Annual report of lunatic asylums [Bombay] - 1912-1922
Year: 1912
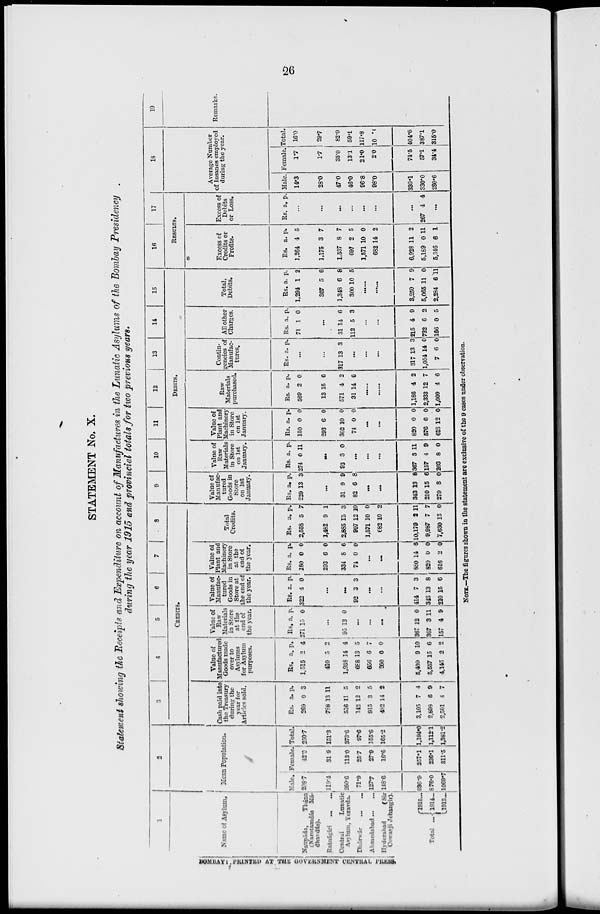
26
STATEMENT No. X.
Statement showing the Receipts and Expenditure on account of Manufactures in the Lunatic Asylums of the Bombay Presidency
during the year 1915 and provincial totals for two previous years.
1
Name of Asylum.
Naupáda,
Thána
(Narotamdás Má-
dhavdás).
Ratnágiri ... ...
Central
Lunatic
Asylum, Yeravda.
Dhárwár ... ...
Ahmedabad ... ...
Hyderabad
(Sir
Cowasji Jehangir).
Total
...
1915 ...
1914 ...
1913 ...
2
Mean
Population.
Male.
208.7
119.4
260.6
71.9
127.7
148.6
936.9
876.0
1069.7
Female.
42.0
31.9
113.0
25.7
27.9
16.6
257.1
236.1
311.5
Total.
250.7
151.3
373.6
97.6
155.6
165.2
1,194.0
1,112.1
1,381.2
3
Cash paid into
the Treasury
during the
year for
Articles sold.
Rs.
269
788
516
142
915
482
3,105
2,898
2,501
a.
0
13
11
12
3
14
7
6
4
p.
3
11
5
2
5
2
4
9
7
4
5
6
7
8
CREDITS.
Value of
Manufactured
Goods made
over to
Asylums
for Asylum
purposes.
Rs.
1,515
410
1,938
688
656
200
5,409
5,557
4,145
a.
2
5
14
13
6
0
9
15
2
p.
4
2
4
5
7
0
10
6
2
Value of
Raw
Materials
in Store
at the
end of
the year.
Rs.
271
a.
15
p.
0
...
95 13 0
...
...
...
367
367
157
12
3
4
0
11
9
Value of
Manufac-
tured
Goods in
Store at
the end of
the year.
Rs.
322
a.
4
p.
0
...
...
92 3 3
...
...
414
343
210
7
13
15
3
8
6
Value of
Plant and
Machinery
in Store
at the
end of
the year.
Rs.
180
293
334
74
a.
0
6
8
0
p.
0
0
6
0
...
...
880
820
616
14
0
2
8
0
0
Total
Credits.
Rs.
2,558
1,482
2,885
997
1,571
682
10,179
9,987
7,630
a.
5
9
15
12
10
10
2
7
13
p.
7
1
3
10
0
2
11
7
0
9
10
11
12
13
14
15
DEBITS.
Value of
Manufac-
tured
Goods in
Store
on 1st
January.
Rs.
229
a.
13
p.
3
...
31
82
9
6
9
8
...
...
343
210
279
13
15
8
8
6
0
Value of
Raw
Materials
in Store
on 1st
January,
Rs.
274
a.
0
p.
11
...
93 3 0
...
...
...
367
157
203
3
4
8
11
9
0
Value of
Plant and
Machinery
in Store
on 1st
January.
Rs.
150
293
302
74
a.
0
6
10
0
p.
0
0
0
0
...
...
820
576
618
0
6
12
0
0
0
Raw-
Materials
purchased.
Rs.
569
13
571
31
a.
2
15
4
14
p.
0
6
2
6
...
...
1,186
2,333
1,009
4
12
4
2
7
6
Contin-
gencies of
Manufac-
tures.
Rs. a.
p.
...
...
317 13 3
...
...
...
317
1,054
7
13
14
6
3
0
0
All other
Charges.
Rs.
71
a.
1
p.
0
...
31
112
14
5
6
3
...
...
215
732
166
4
6
0
9
2
5
Total,
Debits.
Rs.
1,294
307
1,348
300
a.
1
5
6
10
p.
2
6
8
5
...
......
3,250
5,065
2,284
7
11
6
9
0
11
16
17
RESULTS.
Excess of
Credits or
Profits.
Rs.
1,264
1,175
1,537
697
1,571
682
6,928
5,189
5,346
a.
4
3
8
2
10
14
11
0
6
p.
5
7
7
5
0
2
2
11
1
Excess of
Debits
or Loss.
Rs a.
p.
...
...
...
...
...
...
...
267 1 4
...
18
Average Number
of Insanes employed
during the year.
Male.
14.3
28.0
47.0
46.0
96.8
98.0
330.1
330.0
280.6
Female.
1.7
1.7
35.0
13.1
21.0
2.0
74.5
57.1
34.4
Total.
16.0
29.7
82.0
59.1
117.8
100.0
404.6
387.1
315.0
19
Remarks.
NOTE.—The figures shown in the statement are exclusive of the 9 cases under observation.
BOMBAY : PRINTED AT THE GOVERNMENT CENTRAL PRESS.